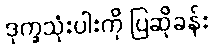
ဒုက္ခသုံးပါးကို ပြဆိုခန်း